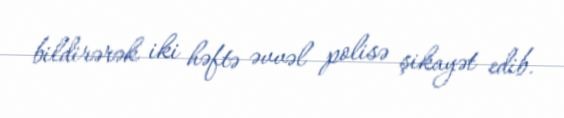
bildirərək iki həftə əvvəl polisə şikayət edib.